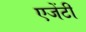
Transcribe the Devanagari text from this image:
एजेंटी